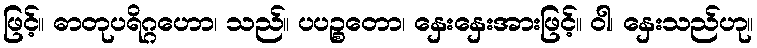
ဖြင့်။ ဓာတုပရိဂ္ဂဟော၊ သည်။ ပပဉ္စတော၊ နှေးနှေးအားဖြင့်။ ဝါ၊ နှေးသည်ဟု။